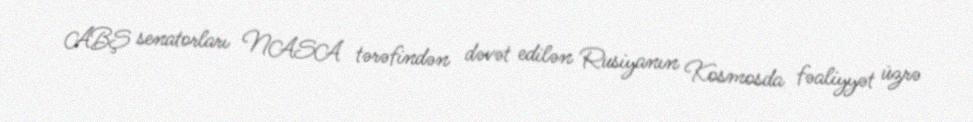
ABŞ senatorları NASA tərəfindən dəvət edilən Rusiyanın Kosmosda fəaliyyət üzrə